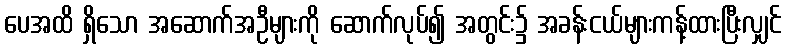
ပေအထိ ရှိသော အဆောက်အဦများကို ဆောက်လုပ်၍ အတွင်း၌ အခန်းငယ်များကန့်ထားပြီးလျှင်